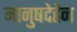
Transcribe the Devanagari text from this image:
मानुषदेहेन